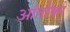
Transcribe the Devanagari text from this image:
आंतोंको